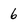
Character: 6